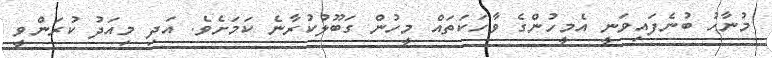
މުނާހު ބުނެފައިވަނީ އެމީހުންގެ ވާހަކަތައް މީހުން ގަބޫލުކުރާނެ ކަމަށެވެ. އަދި މިއަދު ކުރަންވީ